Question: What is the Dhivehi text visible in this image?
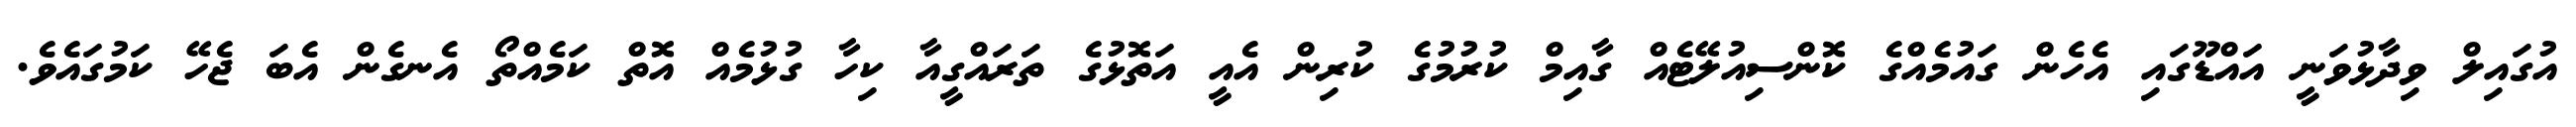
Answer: އުގައިލް ވިދާޅުވަނީ އައްޑޫގައި އެހެން ގައުމެއްގެ ކޮންސިއުލޭޓެއް ގާއިމް ކުރުމުގެ ކުރިން އެއީ އަތޮޅުގެ ތަރައްގީއާ ކިހާ ގުޅުމެއް އޮތް ކަމެއްތޯ އެނގެން އެބަ ޖެހޭ ކަމުގައެވެ.